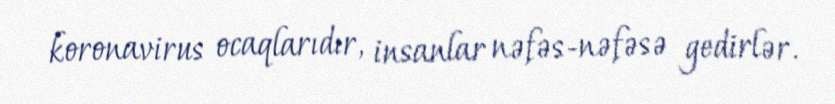
koronavirus ocaqlarıdır, insanlar nəfəs-nəfəsə gedirlər.